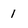
Character: 1